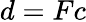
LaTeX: d=Fc